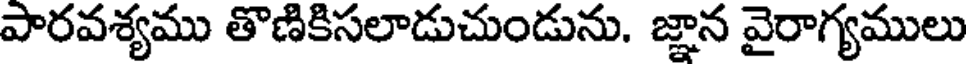
పారవశ్యము తొణికిసలాడుచుండును. జ్ఞాన వైరాగ్యములు